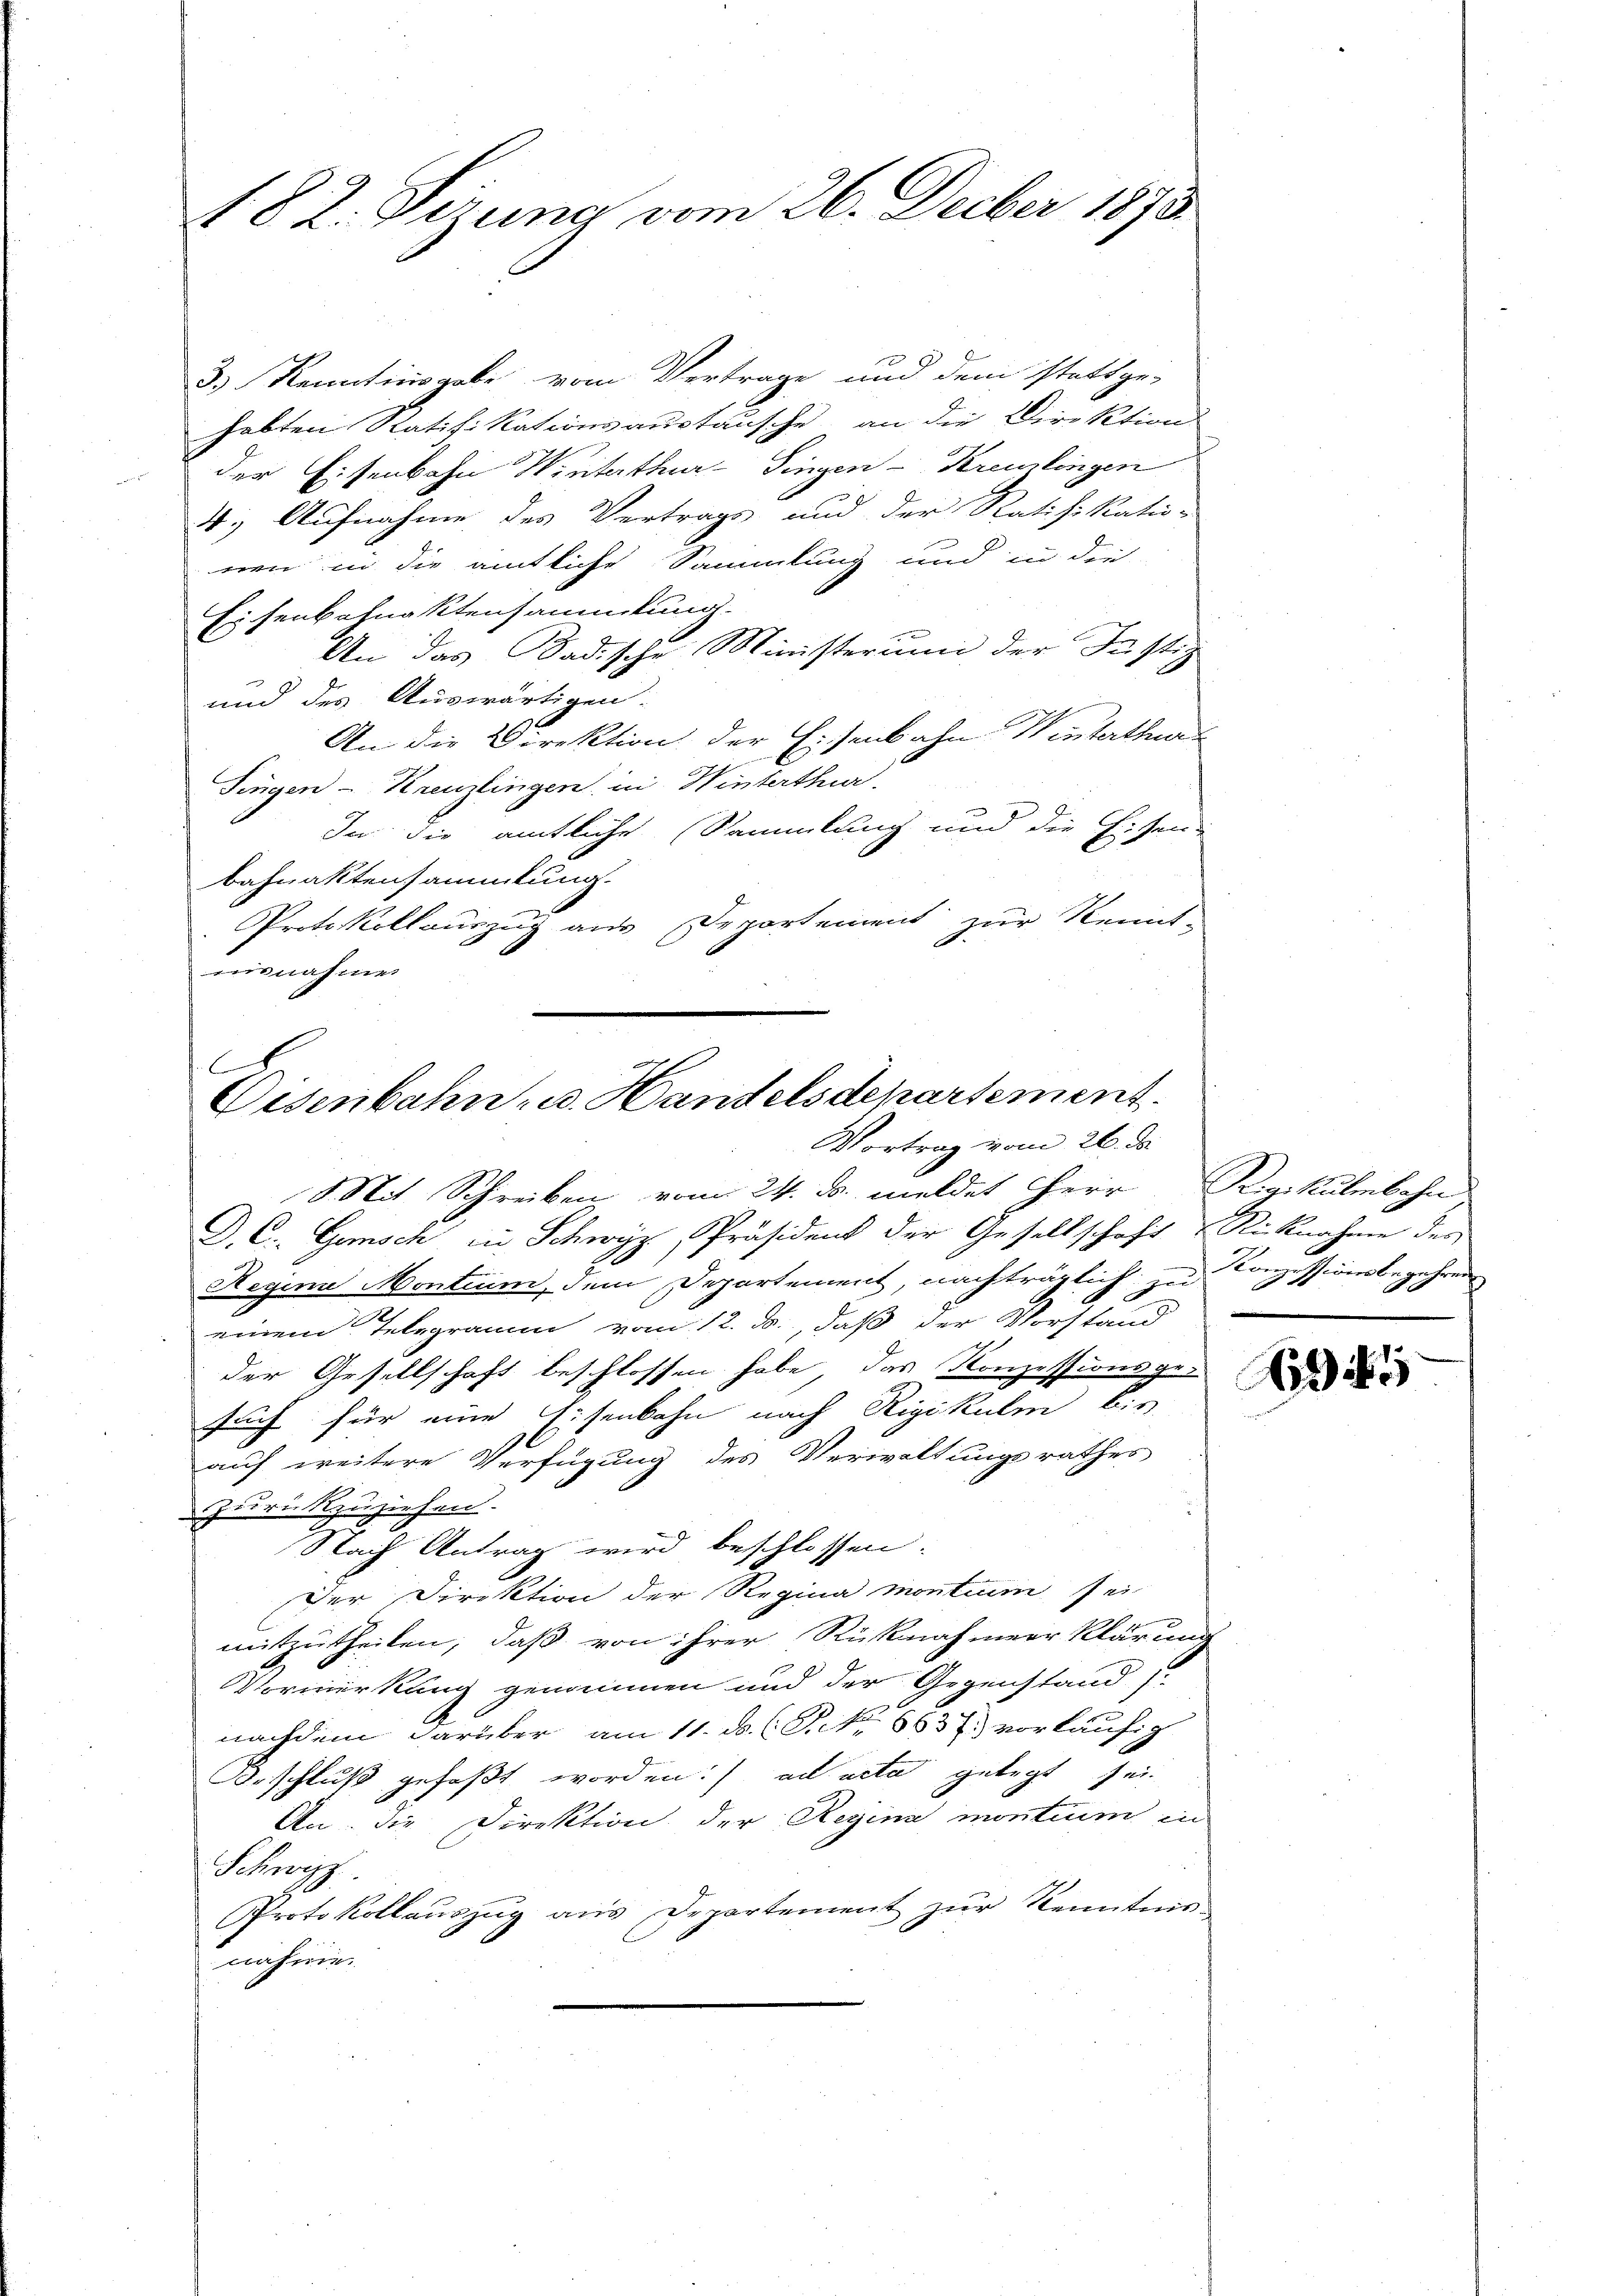
182. Sizung vom 26. Decber 1873.

3) Kenntnisgabe vom Vertrage und dem stattge-
habten Ratifikationsaustausche an die Direktion
der Eisenbahn Winterthur–Singen–Kreuzlingen
4.) Aufnahme des Vertrags und der Ratifikatio-
reen in die amtliche Sammlung und in die
Eisenbahnaktensammlung.
An das Badische Ministerum der Justiz
und des Auswärtigen-
An die Direktion der Eisenbahn Winterthur
Singen-Kreuzlingen, in Winterthur.
In die amtliche Sammlung und die Eisen
bahnaktensammlung.
Protokollauszug aus Departement zur Kennt-
eisnahme

Eisenbahn- u. Handelsdepartement.
Vortrag vom 26. ds.

Mit Schreiben vom 24. ds. meldet Herr Rigikulmbahn
D. C. Gesch in Schwyz, Präsident der Gesellschaft Rücknahme der
Reginn Montium, dem Departement, nachträgheit
 zu
einem Telegramm vom 12. ds., daß der Vorstand
der Gesellschaft beschlossen habe, das Konzessionsge-
such für eine Eisenbahn nach Rigikulm bis
auf weitere Verfügung des Verwaltungsrathes
u
zudrückzuziehen.
Nach Antrag wird beschlossen:
Der Direktion der Regina montium sei
mitzutheilen, daß von ihrer Rücknahmeer Klärung
Vormerkung genommen und der Gegenstand I.
nachdem darüber am 11. d. S. 6631. vorläufig
Beschluß gefaßt worden. ad acta gelegt sei
An die Direktion der Regina montium in
Schwizz
Protokollaŭszŭg aŭs Departement zŭr Kenntnis-
nahme.

Konzessionsbegehren